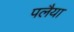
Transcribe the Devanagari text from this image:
पलैया